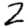
Digit: 2